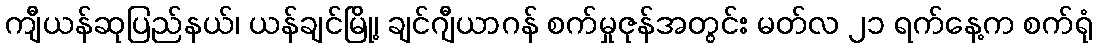
ကျီယန်ဆုပြည်နယ်၊ ယန်ချင်မြို့၊ ချင်ဂျီယာဂန် စက်မှုဇုန်အတွင်း မတ်လ ၂၁ ရက်နေ့က စက်ရုံ